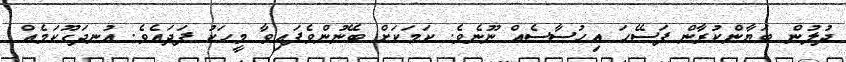
ދުލުން ބަޔާންކުރާން ފަސޭހަ އިހުސާސެއް ނޫނެވެ. ކަމަކަށް ބޭނުންވެފައިވާ މީހަކު ފަދައެވެ. އުނދަގޫކަމެއް